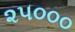
૨૫૦૦૦